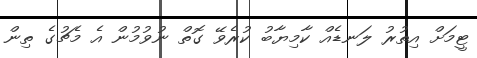
ޓީމަށް އިތުރު ލަނޑެއް ކާމިޔާބު ކުރެވޭ ގޮތް ނުވުމުން އެ މެޗުގެ ތިން